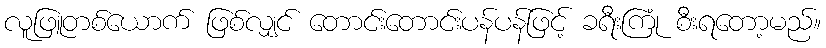
လူဖြူတစ်ယောက် ဖြစ်လျှင် တောင်းတောင်းပန်ပန်ဖြင့် ခရီးကြုံ စီးရတော့မည်။